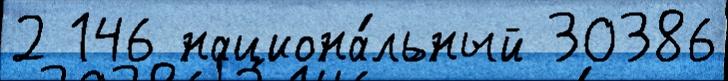
2 146 национа́льный 30386